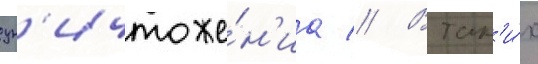
ун'ичтоже́н'иа // В так'и́х